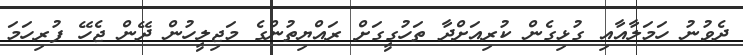
ދެވުނު ހަމަލާއާއި ގުޅިގެން ކުރިއަށްދާ ތަހުގީގަށް ރައްޔިތުންގެ މަޖިލީހުން ދޭން ޖެހޭ ފުރިހަމަ